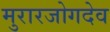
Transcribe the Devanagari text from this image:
मुरारजोगदेव